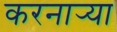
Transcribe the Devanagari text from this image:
करनार्‍या